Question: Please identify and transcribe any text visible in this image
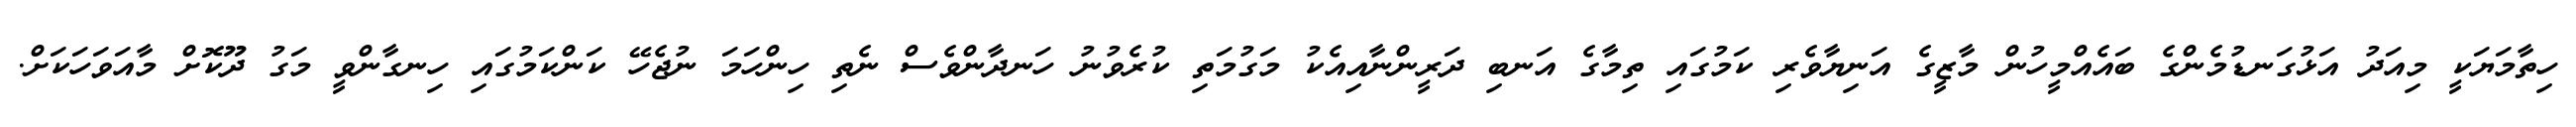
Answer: ހިތާމަޔަކީ މިއަދު އަޅުގަނޑުމެންގެ ބައެއްމީހުން މާޒީގެ އަނިޔާވެރި ކަމުގައި ތިމާގެ އަނބި ދަރީންނާއިއެކު މަގުމަތި ކުރެވުނު ހަނދާންވެސް ނެތި ހިންހަމަ ނުޖެހޭ ކަންކަމުގައި ހިނގާންވީ މަގު ދޫކޮށް މާއަވަހަކަށް.